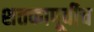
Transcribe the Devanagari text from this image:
शतकापूर्वीच